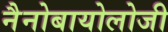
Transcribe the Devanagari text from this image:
नैनोबायोलोजी